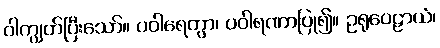
ဝါကျွတ်ပြီးသော်။ ပဝါရေတွာ၊ ပဝါရဏာပြု၍။ ဥရုဝေဠာယံ၊